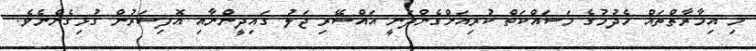
މި އިމާރާތްތައް ހެދުމުގެ މަސައްކަތް ކުރިއަށްގެންދަނީ އައްސޭރި ޖަލު ގައިދީންނާއި އޮފިސަރުން ގުޅިގެންނެވެ.